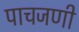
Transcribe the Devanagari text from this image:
पाचजणी